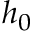
h _ { 0 }